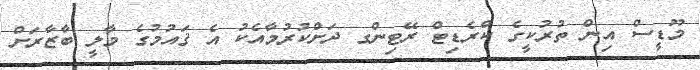
މޫޑީސް އިން ތުރުކީގެ ކްރެޑިޓް ރޭޓިންގ ދަށްކުރުމާއެކު އެ ޤައުމުގެ މާލީ ބާޒާރަށް